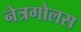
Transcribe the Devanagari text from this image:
नेत्रगोलस